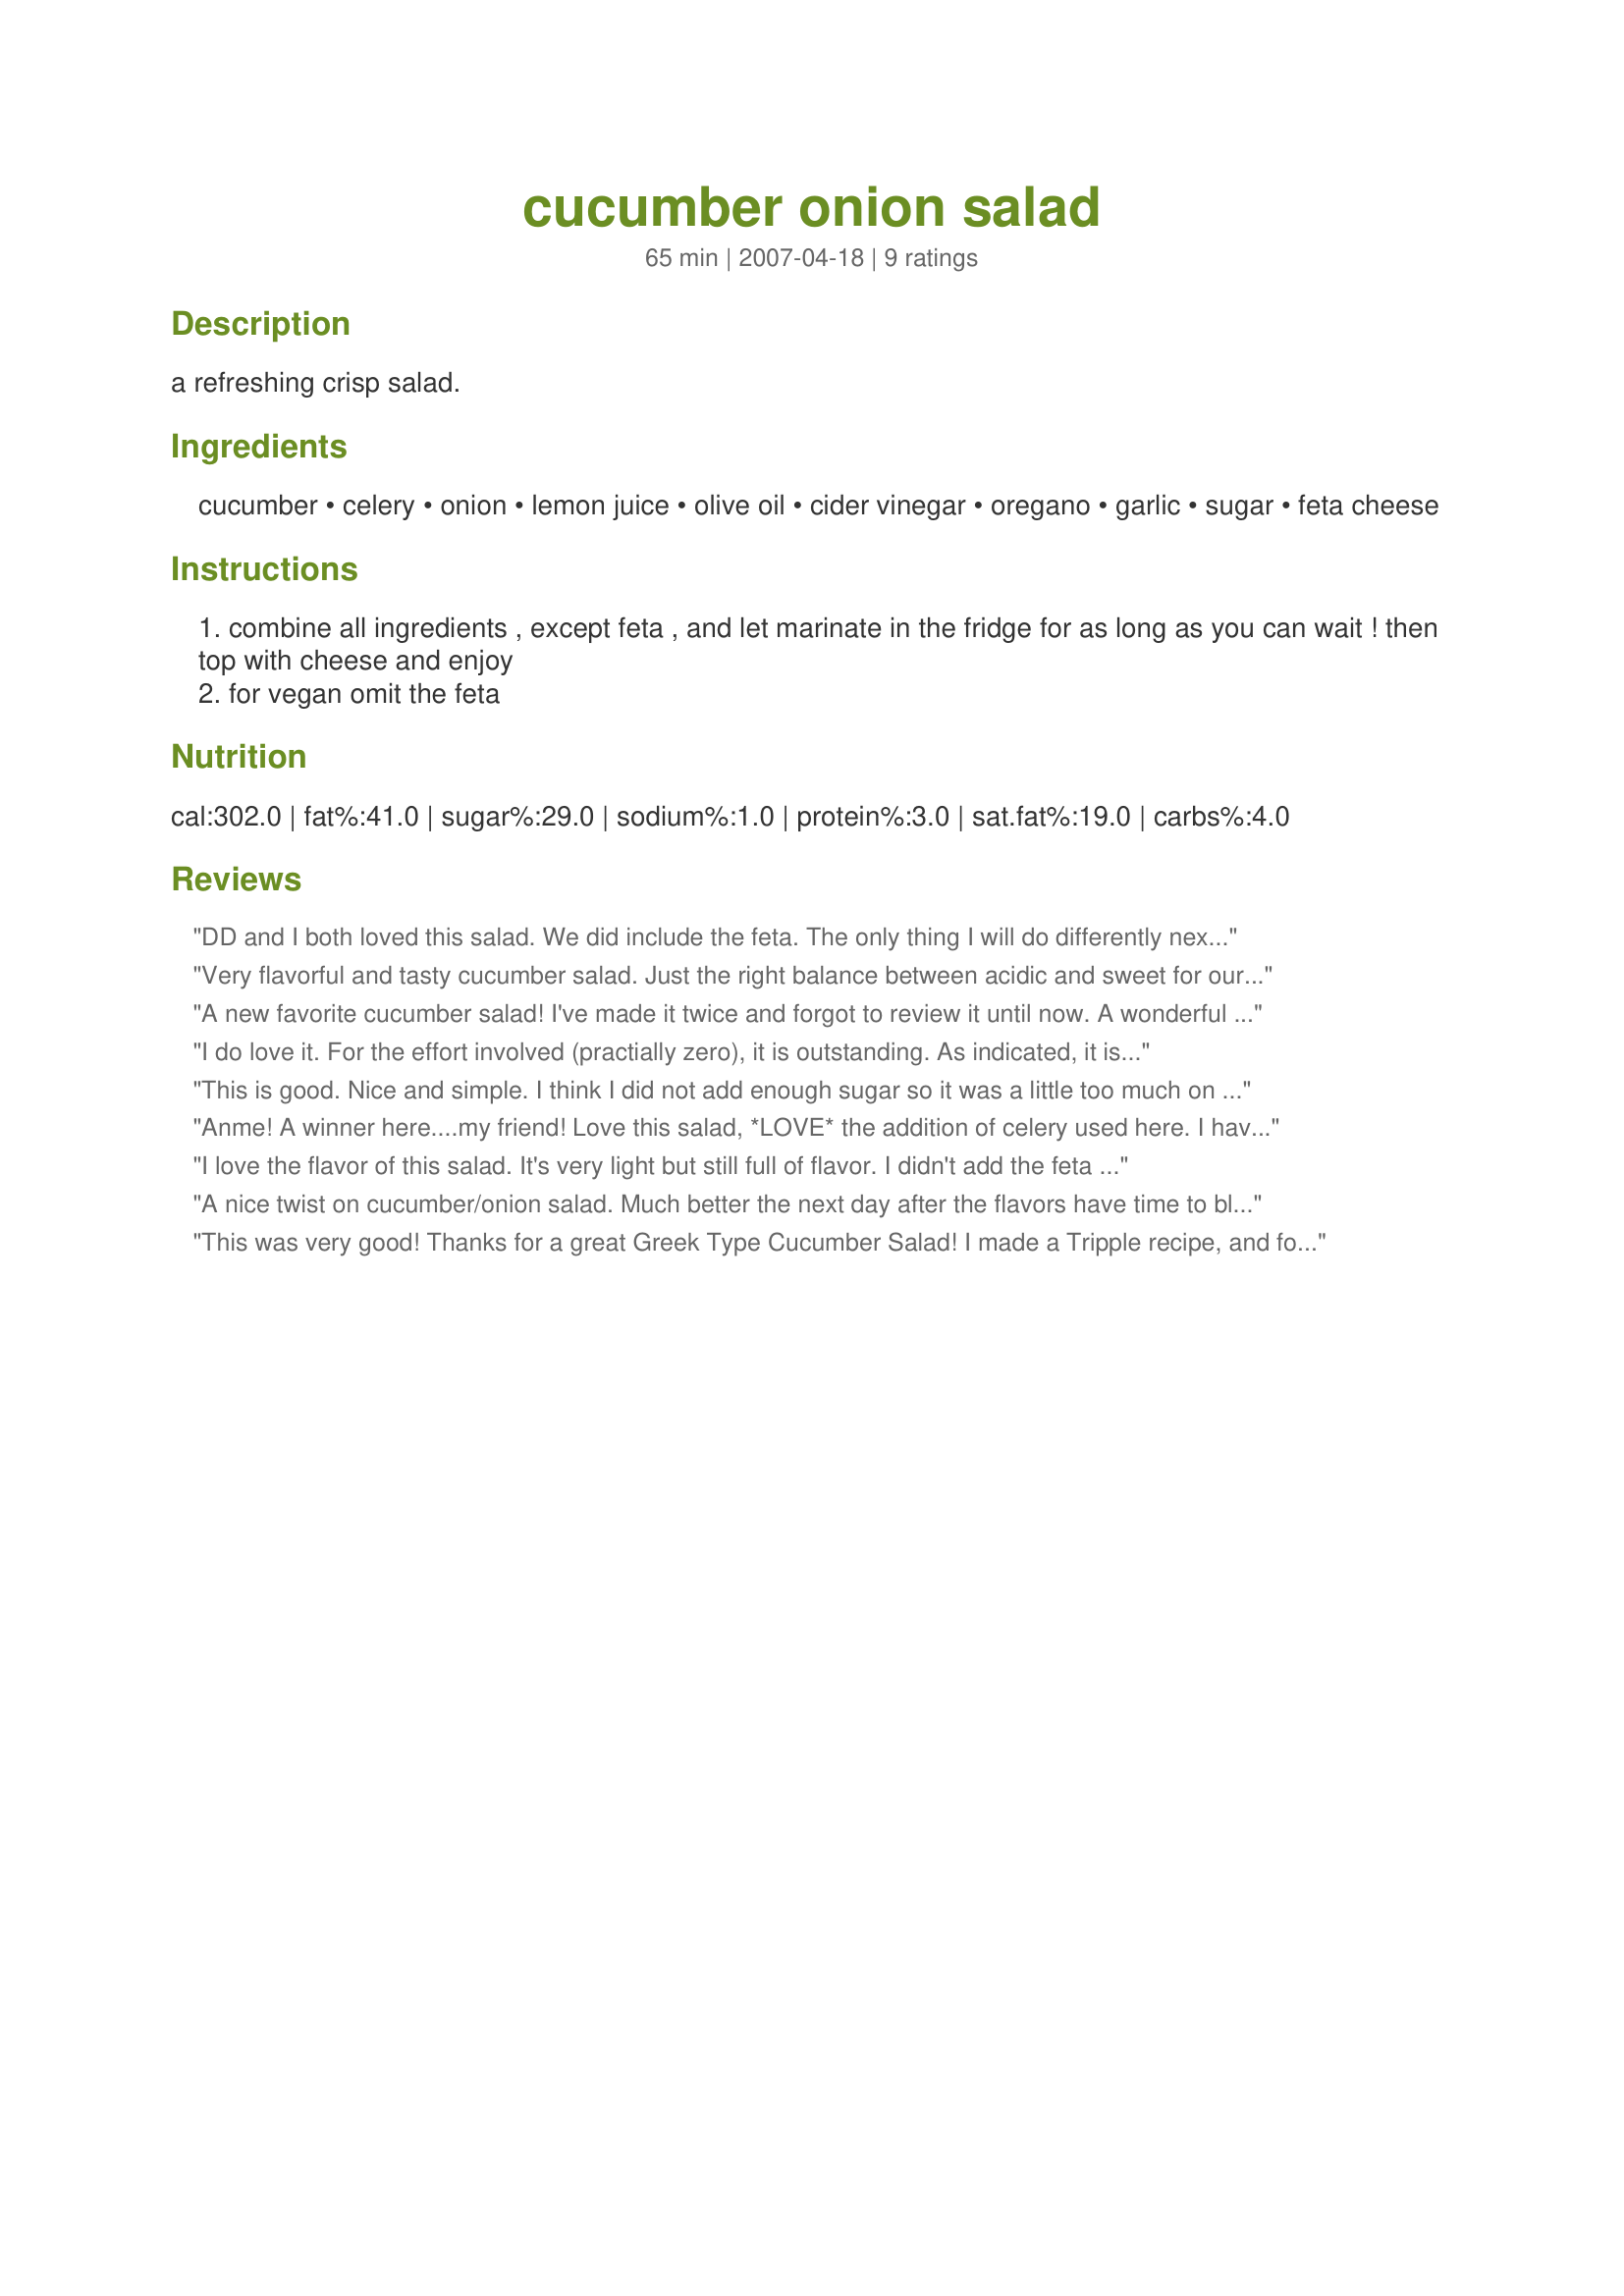
cucumber onion salad
Preparation time: 65 minutes

a refreshing crisp salad.

Ingredients:
cucumber, celery, onion, lemon juice, olive oil, cider vinegar, oregano, garlic, sugar, feta cheese

Steps:
combine all ingredients , except feta , and let marinate in the fridge for as long as you can wait ! then top with cheese and enjoy
for vegan omit the feta

Reviews:
DD and I both loved this salad. We did include the feta. The only thing I will do differently next time I make it is leave out the oregano.
Very flavorful and tasty cucumber salad. Just the right balance between acidic and sweet for our tastes. Thank you for posting, Anme : )
A new favorite cucumber salad! I've made it twice and forgot to review it until now. A wonderful balance of sweet and sour in the dressing. The first time I made the recipe with white onion exactly as written. The second time I used red onion and added two or three thinly sliced radishes.
I do love it. For the effort involved (practially zero), it is outstanding. As indicated, it is a refreshing crisp salad with a nice tang to the dressing. I am very glad I tagged it.
This is good. Nice and simple. I think I did not add enough sugar so it was a little too much on the vinegary side. Serves 2 as a side dish. Good for summer. I think if I make it again I will use a red onion just for color. Thanks. :)
Anme! A winner here....my friend! Love this salad, *LOVE* the addition of celery used here. I have never used this in my long years of living~but now I am. I used full teaspoon of sugar, to balance out the vinegar/garlic, and added 1/2 T. of kosher salt. Just great, and what a nice change to the cucumber dish (that sits inside my fridge everyday, filled to the brim with cucumbers/onions) with this different dish that was a delight to devour. I added feta at the last moment, and what a wonderful taste. I had some fresh "spicy" oregano from the garden, sliced very thin, chiffonade style with ribbons of taste running through. Thank you, Anme! Loved it!
I love the flavor of this salad. It's very light but still full of flavor. I didn't add the feta cheese this time, but I will the next time. I also think tomatoes would be a nice addition! Thanks for sharing.
A nice twist on cucumber/onion salad. Much better the next day after the flavors have time to blend. I used 3/4 t of sugar and think that was plenty for me. Made for *Zaar Stars* game 2008
This was very good! Thanks for a great Greek Type Cucumber Salad! I made a Tripple recipe, and fourof us devoured it! :-)
